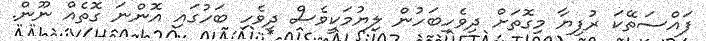
ފައްސަތޭކަ ރުފިޔާ މިގޮތަށް ދިވެހިބަހުން ލިޔުމަކީވެސް ދިވެހި ބަހުގައި އޮންނަ ގޮތެއް ނޫން.